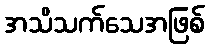
အသိသက်သေအဖြစ်